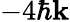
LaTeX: -4\hbar\mathbf{k}